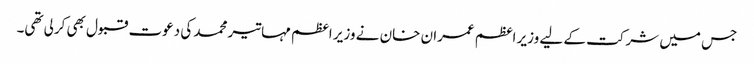
جس میں شرکت کے لیے وزیر اعظم عمران خان نے وزیر اعظم مہاتیر محمد کی دعوت قبول بھی کرلی تھی۔